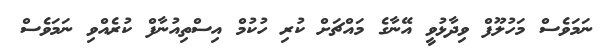
ނަމަވެސް މަހުލޫފް ވިދާޅުވީ އޭނާގެ މައްޗަށް ކުރި ހުކުމް އިސްތިއުނާފް ކުރެއްވި ނަމަވެސް